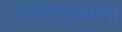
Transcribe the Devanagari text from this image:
पाठिराख्यांना